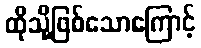
ထိုသို့ဖြစ်သောကြောင့်